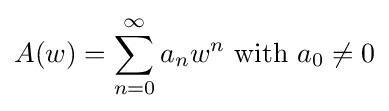
A(w)=\sum _{n=0}^{\infty }a_{n}w^{n}{\mbox{ with }}a_{0}\neq 0